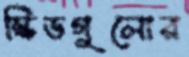
স্কিডগুলোর